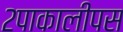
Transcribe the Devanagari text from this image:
२पाकालीपस